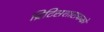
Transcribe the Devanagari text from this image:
ब्रिटिसशासकको